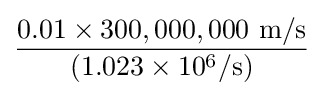
{\frac {0.01\times 300,000,000\ \mathrm {m/s} }{(1.023\times 10^{6}/\mathrm {s} )}}